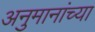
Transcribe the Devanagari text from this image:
अनुमानांच्या